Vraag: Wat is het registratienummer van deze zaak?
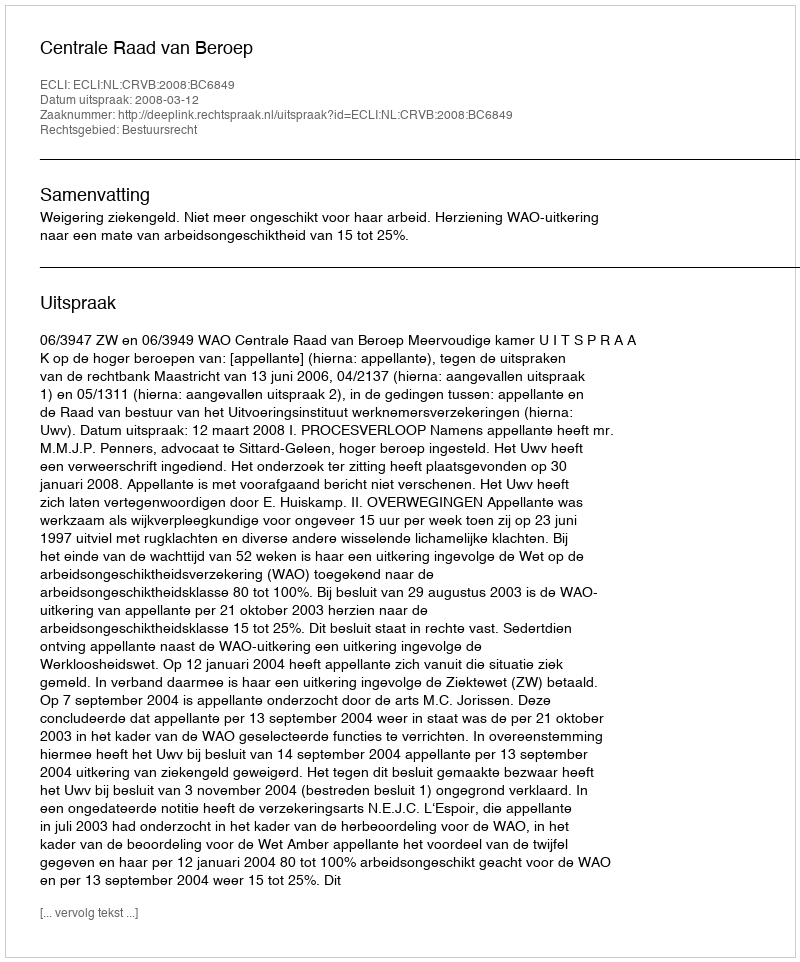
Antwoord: http://deeplink.rechtspraak.nl/uitspraak?id=ECLI:NL:CRVB:2008:BC6849